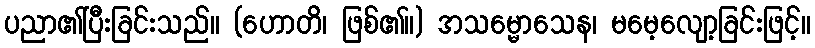
ပညာ၏ပြီးခြင်းသည်။ (ဟောတိ၊ ဖြစ်၏။) အသမ္မောသေန၊ မမေ့လျော့ခြင်းဖြင့်။